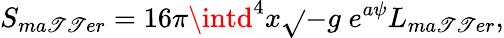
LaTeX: S_{ma\mathscr{T}\mathscr{T}er}=16\pi\intd^{4}x\sqrt{}{{-g}}\; e^{a\psi}L_{ma\mathscr{T}\mathscr{T}er},